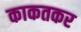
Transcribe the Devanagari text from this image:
काकतकर